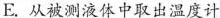
E.从被测液体中取出温度计